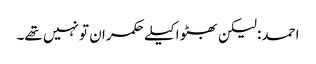
احمد: لیکن بھٹو اکیلے حکمران تو نہیں تھے۔